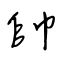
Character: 帥